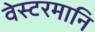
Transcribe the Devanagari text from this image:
वेस्टरमानि